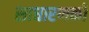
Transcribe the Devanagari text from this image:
साधारणको